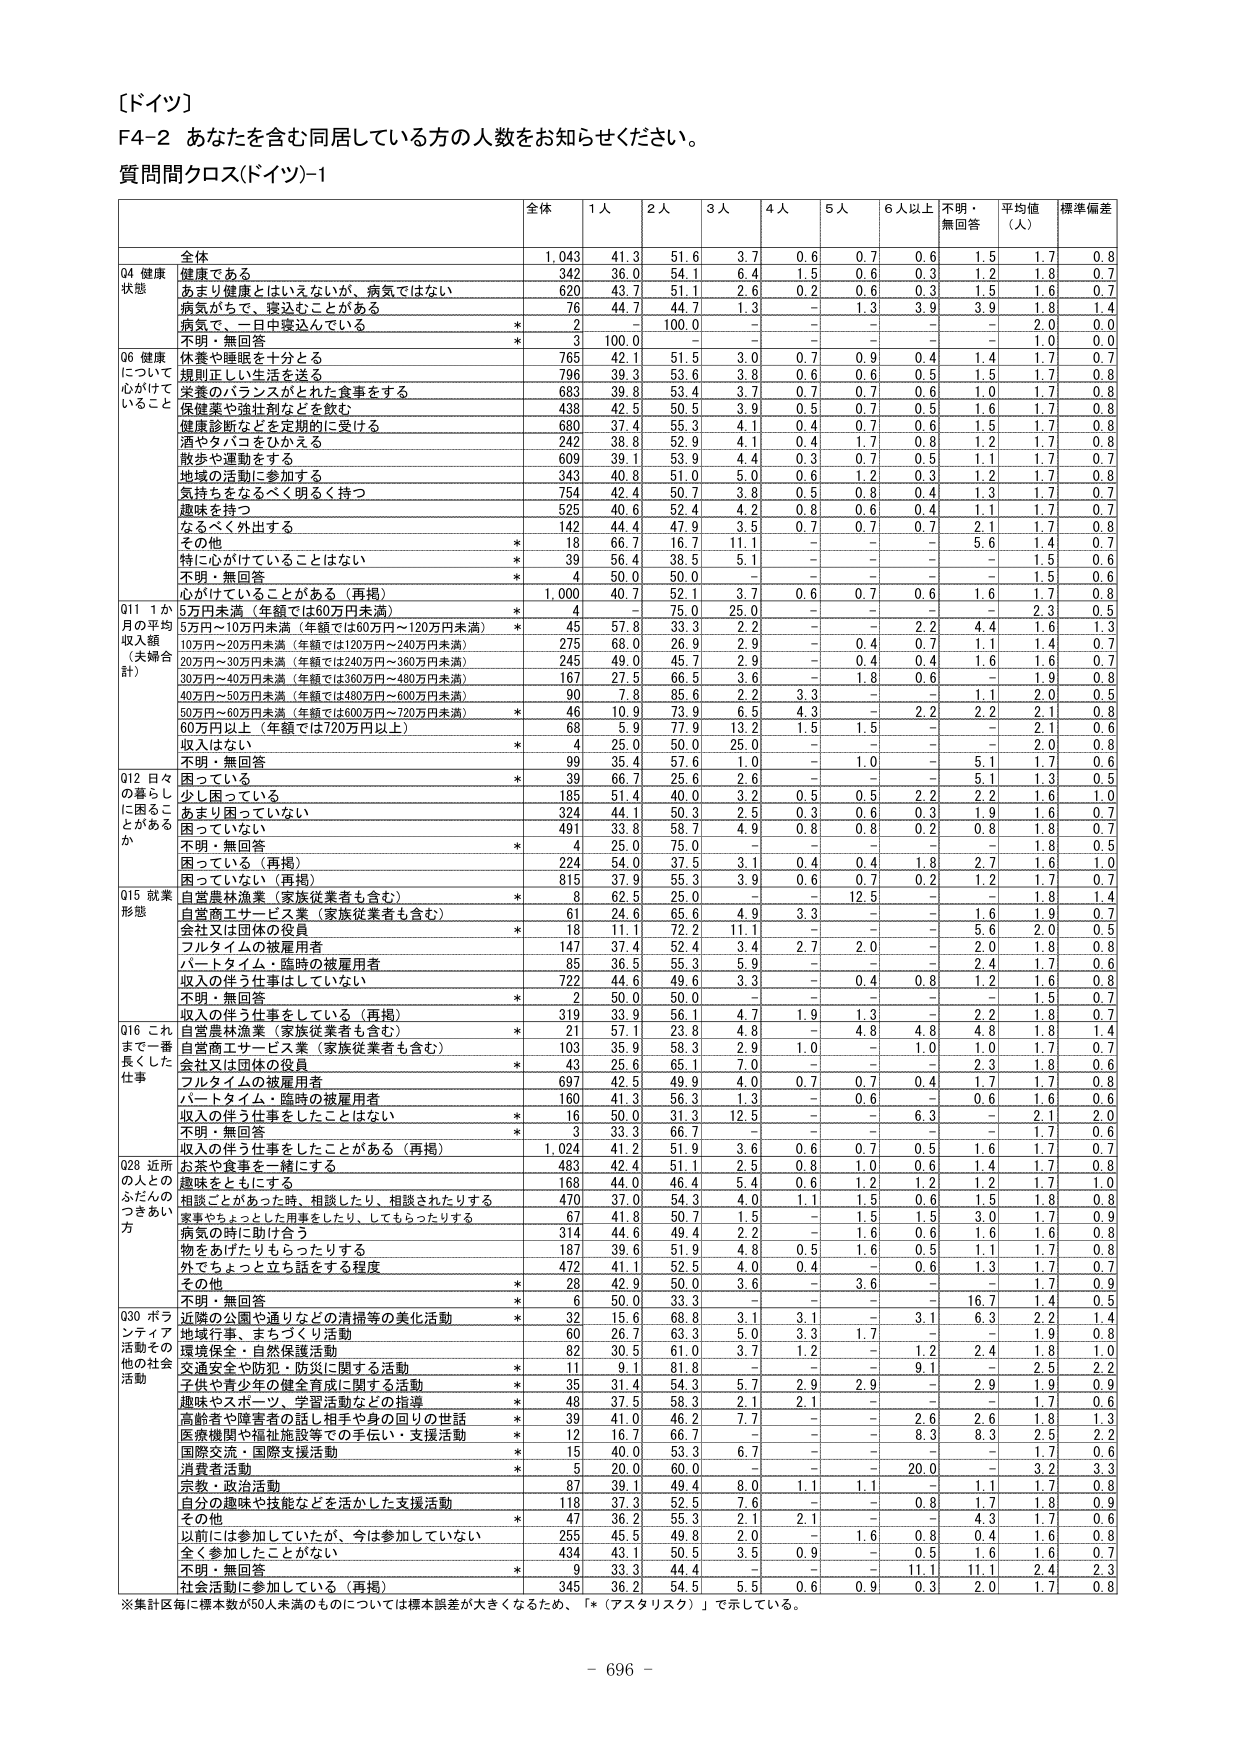
［ドイツ］
F4-2 あなたを含む同居している方の人数をお知らせください。
質問間クロス(ドイツ)-1

全体　1人　2人　3人　4人　5人　6人以上　不明・無回答　平均値（人）　標準偏差

全体　1,043　41.3　51.6　3.7　0.6　0.7　0.6　1.5　1.7　0.8
Q4 健康状態
健康である　342　36.0　54.1　6.4　1.5　0.6　0.3　1.2　1.8　0.7
あまり健康とはいえないが、病気ではない　620　43.7　51.1　2.6　0.2　0.6　0.3　1.5　1.6　0.7
病気がって、寝込むことがある　76　44.7　44.7　1.3　－　1.3　3.9　3.9　1.8　1.4
病気で、一日中寝込んでいる　*　2　－　100.0　－　－　－　－　－　2.0　0.0
不明・無回答　*　3　100.0　－　－　－　－　－　－　1.0　0.0

Q6 健康について心がけていること
休養や睡眠を十分とる　765　42.1　51.5　3.0　0.7　0.9　0.4　1.4　1.7　0.7
規則正しい生活を送る　796　39.3　53.6　3.8　0.6　0.6　0.5　1.5　1.7　0.8
栄養のバランスがとれた食事をする　683　39.8　53.4　3.7　0.7　0.7　0.6　1.0　1.7　0.8
保健薬や油注射などを飲む　438　42.5　50.5　3.9　0.5　0.7　0.5　1.6　1.7　0.8
健康診断などを定期的に受ける　680　37.4　55.3　4.1　0.4　0.7　0.6　1.5　1.7　0.8
酒やタバコをひかえる　242　38.8　52.9　4.1　0.4　1.7　0.8　1.2　1.7　0.8
散歩や運動をする　609　39.1　53.9　4.4　0.3　0.7　0.5　1.1　1.7　0.7
地域の活動に参加する　343　40.8　51.0　5.0　0.6　1.2　0.3　1.2　1.7　0.8
気持ちをなるべく明るく持つ　754　42.4　50.7　3.8　0.5　0.8　0.4　1.3　1.7　0.7
趣味を持つ　525　40.6　52.4　4.2　0.8　0.6　0.4　1.1　1.7　0.7
なるべく外出する　142　44.4　47.9　3.5　0.7　0.7　0.7　2.1　1.7　0.8
その他　*　18　66.7　16.7　11.1　－　－　－　5.6　1.4　0.7
特に心がけていることはない　*　39　56.4　38.5　5.1　－　－　－　－　1.5　0.6
不明・無回答　*　4　50.0　50.0　－　－　－　－　－　1.5　0.6

Q11 1か月の平均収入額（未婦合計）
心がけていることがある（再掲）　1,000　40.7　52.1　3.7　0.6　0.7　0.6　1.6　1.7　0.8
5万円未満（年額では60万円未満）　*　4　－　75.0　25.0　－　－　－　－　2.3　0.5
5万円～10万円未満（年額では60万円～120万円未満）　*　45　57.8　33.3　2.2　－　－　2.2　4.4　1.6　1.3
10万円～20万円未満（年額では120万円～240万円未満）　275　68.0　26.9　2.9　－　0.4　0.7　1.1　1.4　0.7
20万円～30万円未満（年額では240万円～360万円未満）　245　49.0　45.7　2.9　－　0.4　0.4　1.6　1.6　0.7
30万円～40万円未満（年額では360万円～480万円未満）　167　27.5　66.5　3.6　－　1.8　0.6　－　1.9　0.8
40万円～50万円未満（年額では480万円～600万円未満）　90　7.8　85.6　2.2　3.3　－　－　1.1　2.0　0.5
50万円～60万円未満（年額では600万円～720万円未満）　*　46　10.9　73.9　6.5　4.3　－　2.2　2.2　2.1　0.8
60万円以上（年額では720万円以上）　68　5.9　77.9　13.2　1.5　1.5　－　－　2.1　0.6
収入がない　*　4　25.0　50.0　25.0　－　－　－　－　2.0　0.8
不明・無回答　99　35.4　57.6　1.0　－　1.0　－　5.1　1.7　0.6

Q12 日々の暮らしに困ることがあるか
困っている　*　39　66.7　25.6　2.6　－　－　－　5.1　1.3　0.5
少し困っている　185　51.4　40.0　3.2　0.5　0.5　2.2　2.2　1.6　1.0
あまり困っていない　324　44.1　50.3　2.5　0.3　0.6　0.3　1.9　1.6　0.7
困っていない　491　33.8　58.7　4.9　0.8　0.8　0.2　0.8　1.8　0.7
不明・無回答　*　4　25.0　75.0　－　－　－　－　－　1.8　0.5
困っている（再掲）　224　54.0　37.5　3.1　0.4　0.4　1.8　2.7　1.6　1.0
困っていない（再掲）　815　37.9　55.3　3.9　0.6　0.7　0.2　1.2　1.7　0.7

Q15 就業形態
自営農林漁業（家族従業者も含む）　*　8　62.5　25.0　－　－　12.5　－　－　1.8　1.4
自営商工サービス業（家族従業者も含む）　61　24.6　65.6　4.9　3.3　－　－　1.6　1.9　0.7
会社又は団体の役員　*　18　11.1　72.2　11.1　－　－　－　5.6　2.0　0.5
フルタイムの被雇用者　147　37.4　52.4　3.4　2.7　2.0　－　2.0　1.8　0.8
パートタイム・臨時の被雇用者　85　36.5　55.3　5.9　－　－　－　2.4　1.7　0.6
収入の伴う仕事はしていない　722　44.6　49.6　3.3　－　0.4　0.8　1.2　1.6　0.8
不明・無回答　*　2　50.0　50.0　－　－　－　－　－　1.5　0.7
収入の伴う仕事をしている（再掲）　319　33.9　56.1　4.7　1.9　1.3　－　2.2　1.8　0.7

Q16 これまで一番長くした仕事
自営農林漁業（家族従業者も含む）　*　21　57.1　23.8　4.8　－　4.8　4.8　4.8　1.8　1.4
自営商工サービス業（家族従業者も含む）　103　35.9　58.3　2.9　1.0　－　1.0　1.0　1.7　0.7
会社又は団体の役員　*　43　25.6　65.1　7.0　－　－　－　2.3　1.8　0.6
フルタイムの被雇用者　697　42.5　49.9　4.0　0.7　0.7　0.4　1.7　1.7　0.8
パートタイム・臨時の被雇用者　160　41.3　56.3　1.3　－　0.6　－　0.6　1.6　0.6
収入の伴う仕事をしたことはない　*　16　50.0　31.3　12.5　－　－　6.3　－　2.1　2.0
不明・無回答　*　3　33.3　66.7　－　－　－　－　－　1.7　0.6
収入の伴う仕事をしたことがある（再掲）　1,024　41.2　51.9　3.6　0.6　0.7　0.5　1.6　1.7　0.7

Q28 近所の人とのふだんのつきあい方
お茶や食事を一緒にする　483　42.4　51.1　2.5　0.8　1.0　0.6　1.4　1.7　0.8
趣味をともにする　168　44.0　46.4　5.4　0.6　1.2　1.2　1.2　1.7　1.0
相談ことがあった時、相談したり、相談されたりする　470　37.0　54.3　4.0　1.1　1.5　0.6　1.5　1.8　0.8
家事やちょっとした用事をしたり、してもらったりする　67　41.8　50.7　1.5　－　1.5　1.5　3.0　1.7　0.9
病気の時に助け合う　314　44.6　49.4　2.2　－　1.6　0.6　1.6　1.6　0.8
物をあげたりもらったりする　187　39.6　51.9　4.8　0.5　1.6　0.5　1.1　1.7　0.8
外でちょっと立ち話をする程度　472　41.1　52.5　4.0　0.4　－　0.6　1.3　1.7　0.7
その他　*　28　42.9　50.0　3.6　－　3.6　－　－　1.7　0.9
不明・無回答　*　6　50.0　33.3　－　－　－　－　16.7　1.4　0.5

Q30 ボランティア活動その他の社会活動
近隣の公園や通りなどの清掃等の美化活動　*　32　15.6　68.8　3.1　3.1　－　3.1　6.3　2.2　1.4
地域行事、まちづくり活動　60　26.7　63.3　5.0　3.3　1.7　－　－　1.9　0.8
環境保全・自然保護活動　82　30.5　61.0　3.7　1.2　－　1.2　2.4　1.8　1.0
交通安全や防犯・防災に関する活動　*　11　9.1　81.8　－　－　－　9.1　－　2.5　2.2
子供や青少年の健全育成に関する活動　*　35　31.4　54.3　5.7　2.9　2.9　－　2.9　1.9　0.9
趣味やスポーツ、学習活動などの指導　*　48　37.5　58.3　2.1　2.1　－　－　－　1.7　0.6
高齢者や障害者の話し相手や身の回りの世話　*　39　41.0　46.2　7.7　－　－　2.6　2.6　1.8　1.3
医療機関や福祉施設等での手伝い・支援活動　*　12　16.7　66.7　－　－　－　8.3　8.3　2.5　2.2
国際交流・国際支援活動　*　15　40.0　53.3　6.7　－　－　－　－　1.7　0.6
消費者活動　*　5　20.0　60.0　－　－　－　20.0　－　3.2　3.3
宗教・政治活動　87　39.1　49.4　8.0　1.1　1.1　－　1.1　1.7　0.8
自分の趣味や技能などを活かした支援活動　118　37.3　52.5　7.6　－　－　0.8　1.7　1.8　0.9
その他　*　47　36.2　55.3　2.1　2.1　－　－　4.3　1.7　0.6
以前には参加していたが、今は参加していない　255　45.5　49.8　2.0　－　1.6　0.8　0.4　1.6　0.8
全く参加したことがない　434　43.1　50.5　3.5　0.9　－　0.5　1.6　1.6　0.7
不明・無回答　*　9　33.3　44.4　－　－　－　11.1　11.1　2.4　2.3
社会活動に参加している（再掲）　345　36.2　54.5　5.5　0.6　0.9　0.3　2.0　1.7　0.8

※集計区毎に標本数が50人未満のものについては標本誤差が大きくなるため、「*（アスタリスク）」で示している。

－ 696 －